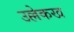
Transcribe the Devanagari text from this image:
उल्लेकख